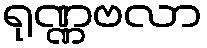
ရုဏ္ဏဗလာ